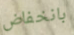
بانخفاض